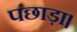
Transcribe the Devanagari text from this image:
पछाड़ा।